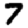
Digit: 7